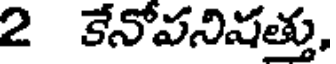
2 కేనోపనిషత్తు,